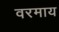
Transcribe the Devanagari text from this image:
वरमाय